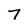
Character: 7